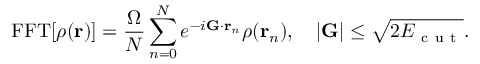
\mathrm { F F T } [ \rho ( \mathbf { r } ) ] = \frac { \Omega } { N } \sum _ { n = 0 } ^ { N } e ^ { - i \mathbf { G } \cdot \mathbf { r } _ { n } } \rho ( \mathbf { r } _ { n } ) , \quad | \mathbf { G } | \leq \sqrt { 2 E _ { \mathrm { ~ c ~ u ~ t ~ } } } .